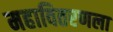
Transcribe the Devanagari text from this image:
महावितरणला